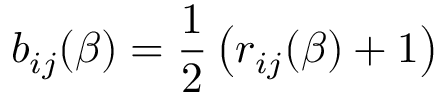
b _ { i j } ( \beta ) = \frac { 1 } { 2 } \left( r _ { i j } ( \beta ) + 1 \right)